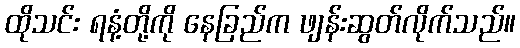
ထိုသင်း ရနံ့တို့ကို နေခြည်က ဖျန်းဆွတ်လိုက်သည်။